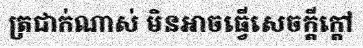
ត្រជាក់ណាស់ មិនអាចធ្វើសេចក្តីក្តៅ